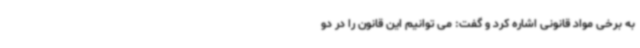
به برخی مواد قانونی اشاره کرد و گفت: می توانیم این قانون را در دو